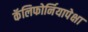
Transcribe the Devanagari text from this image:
कॅलिफोर्नियापेक्षा